Report on malaria in the Punjab during the year ...  together with an account of the work of the Punjab Malaria Bureau - Volume 4
Disease focus: Malaria
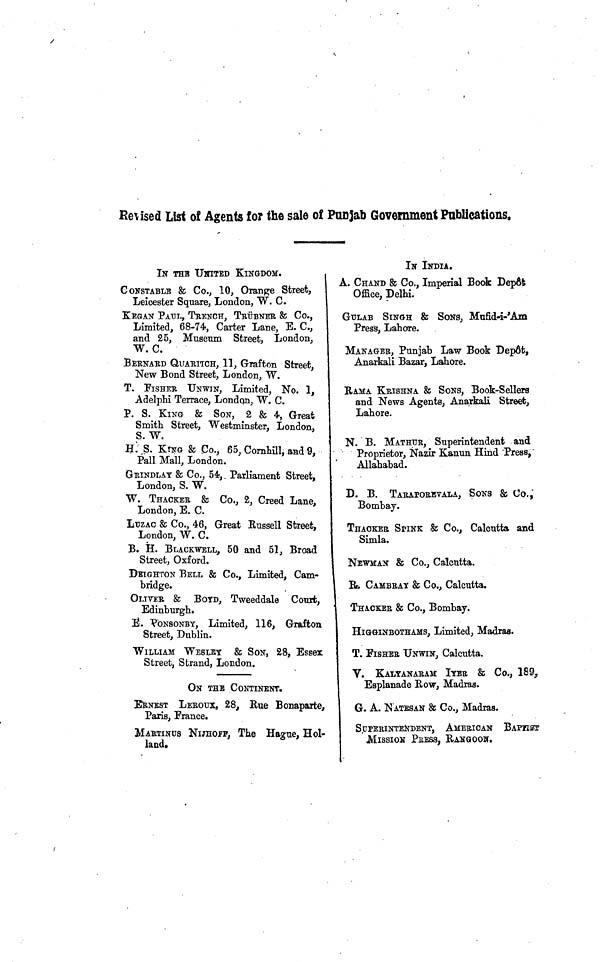
Revised List of Agents for the sale of Punjab Government Publications.
IN THE UNITED KINGDOM.
CONSTABLE & Co., 10, Orange Street,
Leicester Square, London, W. C.
KEGAN PAUL, TRENCH, TRÜBNER & CO.,
Limited, 68-74, Carter Lane, E. C,
and 25, Museum Street, London,
W. C.
BERNARD QUARITCH, 11, Grafton Street,
New Bond Street, London, W.
T. FISHER UNWIN, Limited, No. 1,
Adelphi Terrace, London, W. C.
P. S. KING & SON, 2 & 4, Great
Smith Street, Westminster, London,
S. We
H. S. KING & Co., 65, Cornhill, and 9,
Pall Mall, London.
GRINDLAY & Co., 54,. Parliament Street,
London, S. W.
W. THACKER & Co,, 2, Creed Lane,
London, E. C.
LUZAC & Co., 46, Great Russell Street,
London, W. C.
B. H. BLACKWELL, 50 and 51, Broad
Street, Oxford.
DEIGHTON BELL & Co., Limited, Cam-
bridge.
OUTER & BOYD, Tweeddale Court,
Edinburgh.
Ê. RONSONBY, Limited, 116, Grafton,
Street, Dublin.
WILLIAM WESLEY & SON, 28, Essex
Street, Strand, London.
ON THE CONTINENT.
ERNEST LEROUX, 28, Eue Bonaparte,
Paris, France.
MARTINÜS NIJHOPF, The Hague, Hol-
land.
IN INDIA.
A. CHAND & Co., Imperial Book Depôt
Office, Delhi.
GULAB SINGH & SONS, Mufid-i-'Am
Press, Lahore.
MANAGER, Punjab Law Book Depôt,
Anarkali Bazar, Lahore.
RAMA KRISHNA & SONS, Book-Sellers
and News Agents, Anarkali Street,
Lahore.
N. B. MATHUR, Superintendent and
Proprietor, Nazir Kanun Hind Press,"
Allahabad.
D. B. TARAPOREVALA, SONS & Co.,
Bombay.
THACKER SPINK & Co., Calcutta and
Simla.
NEWMAN & Co., Calcutta.
R. CAMBRAY & Co., Calcutta.
THACKER & Co., Bombay.
HIGGINBOTHAMS, Limited, Madras.
T. FISHER UNWIN, Calcutta.
V. KALYANARAM IYER & Co., 189,
Esplanade Row, Madras.
G. A. NATESAN & Co., Madras.
SUPERINTENDENT, AMERICAN BAPNST
MISSION PRESS, RANGOOH.